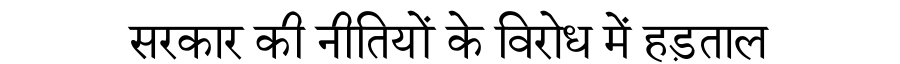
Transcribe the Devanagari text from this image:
सरकार की नीतियों के विरोध में हड़ताल